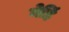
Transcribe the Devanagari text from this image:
मेहिं